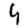
Digit: 4